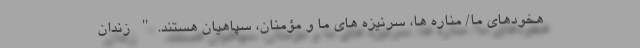
هخودهای ما/ مناره ها، سرنیزه های ما و مؤمنان، سپاهیان هستند." زندان